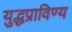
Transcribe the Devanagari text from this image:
युद्धप्राविण्य